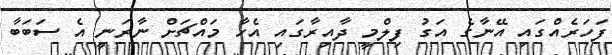
ފަހަރެއްގައި އޭނާގެ އަގު ފިލްމީ ދާއިރާގައި އެހާ މައްޗަށް ނާރަނީ އެ ސަބަބާ